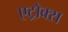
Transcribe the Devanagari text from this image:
एट्रोक्स